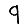
Digit: 9